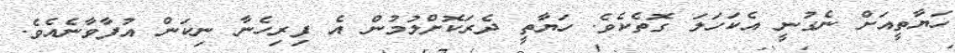
ހަޔާތީއަށް ނެގުނީ އެކަހަލަ ގޮތެކެވެ. ހަޔާތީ ދެރަކޮށްލުމުން އެ ފިރިހެނާ ނިކަން އުފާވާނެއެވެ.